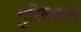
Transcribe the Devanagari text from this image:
गुरिक्कल